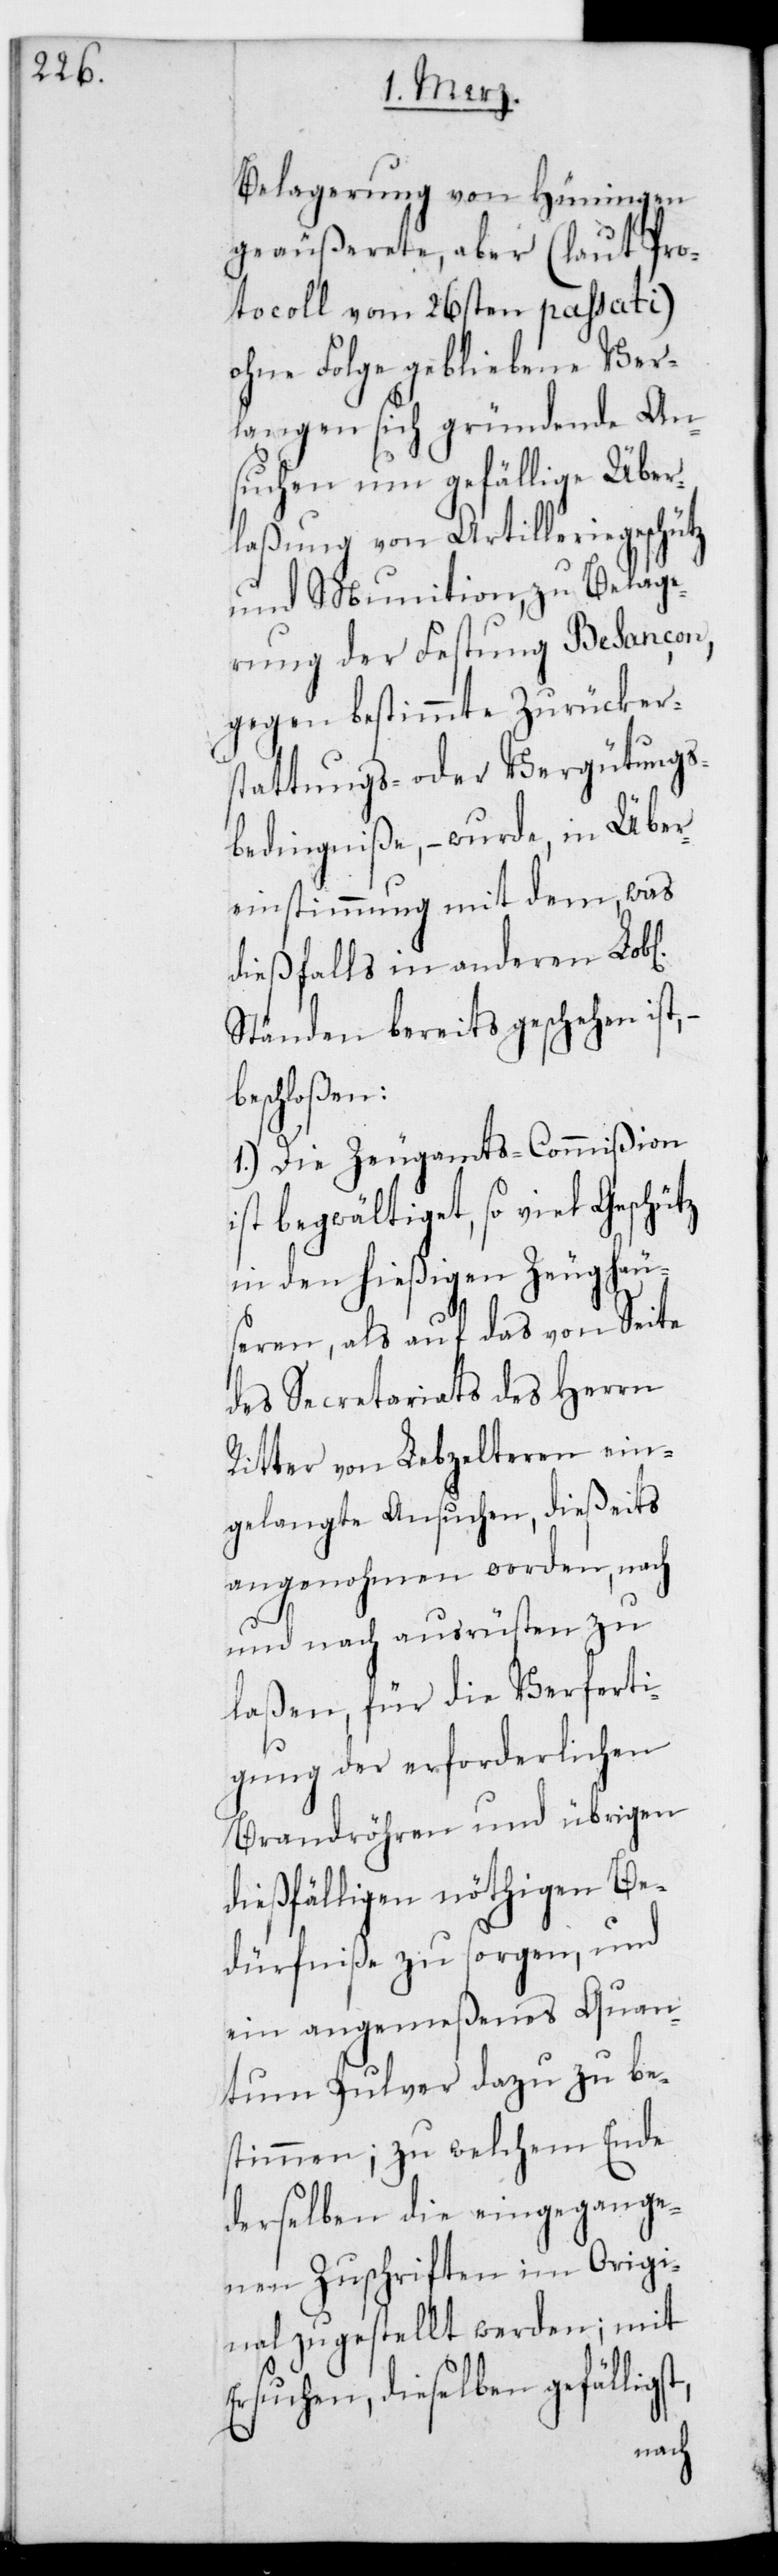
Belagerung von Hüningen
geäußerete, aber (laut Pro¬
tocoll vom 26sten passati)
ohne Folge gebliebene Ver¬
langen sich gründende An¬
suchen um gefällige Über¬
laßung von Artilleriegeschütz
und Munition, zu Belage¬
rung der Festung Besançon,
gegen bestimmte Zurücker¬
stattungs- oder Vergütung¬
s-Bedingniße, – wurde, in Über¬
einstimmung mit dem, was
dießfalls in anderen L.
Ständen bereits geschehen
beschloßen:
1.) Die Zeugamts-Commißion
ist begwältiget, so viel Geschütz
in den hießigen Zeughäu¬
seren, als auf das von Seite
des Secretariats des Herrn
Ritter von Lebzeltern ein¬
gelangte Ansuchen, dießeits
angenohmen worden, nach
und nach ausrüsten zu
laßen, für die Verferti¬
gung der erforderlichen
Brandröhren und übrigen
dießfälligen nöthigen Be¬
dürfniße zu sorgen, und
ein angemeßenes Quan¬
tum Pulver dazu zu be¬
stimmen; zu welchem Ende
derselben die eingegange¬
nen Zuschriften im Origi¬
nal zugestellt werden; mit
Ersuchen, dieselben gefälligst